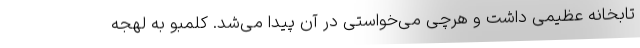
تابخانه عظیمی داشت و هرچی می‌خواستی در آن پیدا می‌شد. کلمبو به لهجه